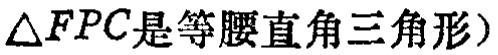
$\triangle FPC是等腰直角三角形)$